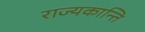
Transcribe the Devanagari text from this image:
राज्यकान्ति